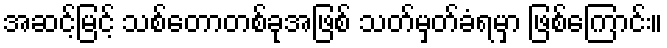
အဆင့်မြင့် သစ်တောတစ်ခုအဖြစ် သတ်မှတ်ခံရမှာ ဖြစ်ကြောင်း။